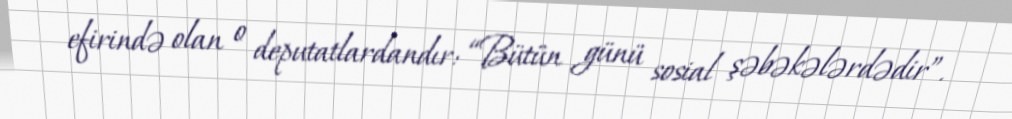
efirində olan o deputatlardandır: “Bütün günü sosial şəbəkələrdədir”.